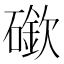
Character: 䃢